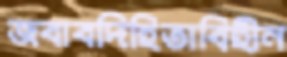
জবাবদিহিতাবিহীন